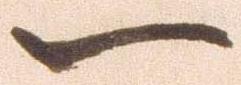
一